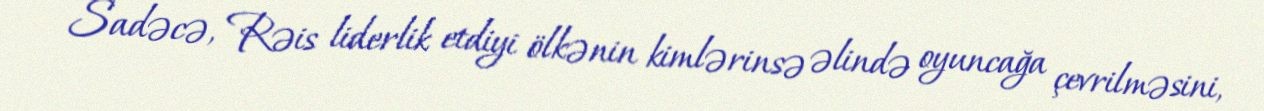
Sadəcə, Rəis liderlik etdiyi ölkənin kimlərinsə əlində oyuncağa çevrilməsini,